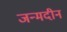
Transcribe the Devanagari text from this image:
जन्मदीन